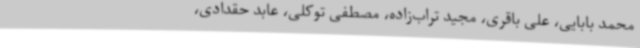
محمد بابایی، علی باقری، مجید تراب‌زاده، مصطفی توکلی، عابد حقدادی،